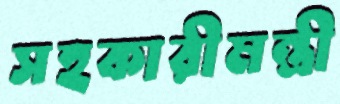
সহকারীমন্ত্রী